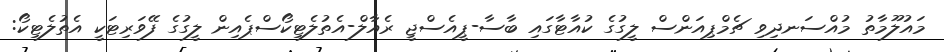
މައުލޫމާތު މުއްސަނދިވި ޗެމްޕިއަންސް ލީގުގެ ކުއާޓާގައި ބާސާ-ޕީއެސްޖީ ރެއާލް-އެތުލެޓިކޯސްޕެއިން ލީގުގެ ފޭވަރިޓަކީ އެތުލެޓިކޯ: